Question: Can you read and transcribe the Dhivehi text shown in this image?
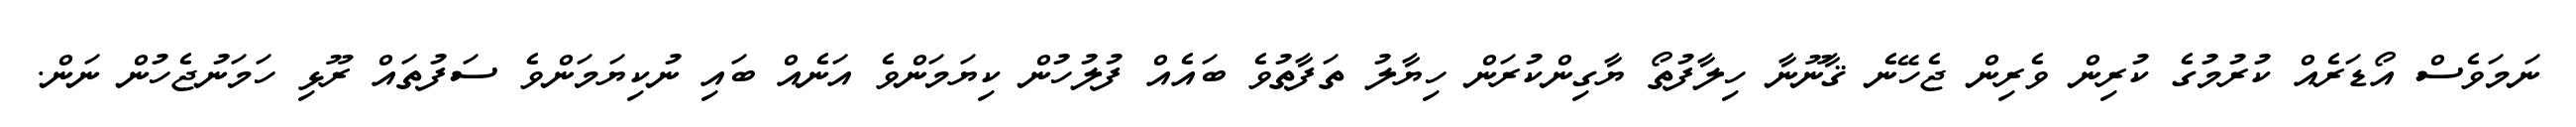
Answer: ނަމަވެސް އޯޑަރެއް ކުރުމުގެ ކުރިން ވެރިން ޖެހޭނެ ޤާނޫނާ ހިލާފުތޯ ޔާގިންކުރަން ހިޔާލު ތަފާތުވެ ބައެއް ފުލުހުން ކިޔަމަންވެ އަނެއް ބައި ނުކިޔަމަންވެ ސަފުތައް ރޫޅި ހަމަނުޖެހުން ނަން.